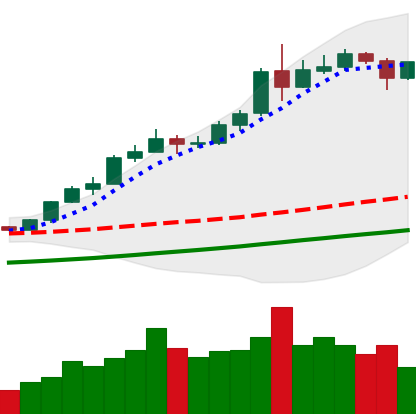
Ticker: ETH-USD
Chart end date: 2020-08-08
Forward return: 8.821%
Label: up_7plus